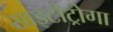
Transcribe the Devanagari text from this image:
साइटोट्रोगा